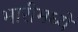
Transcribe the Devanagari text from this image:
भारीमध्ये